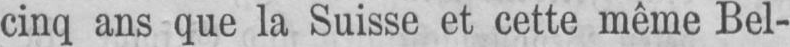
cinq ans que la Suisse et cette même Bel-